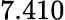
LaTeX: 7.410